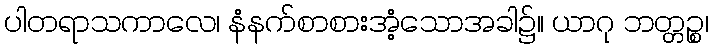
ပါတရာသကာလေ၊ နံနက်စာစားအံ့သောအခါ၌။ ယာဂု ဘတ္တဉ္စ၊